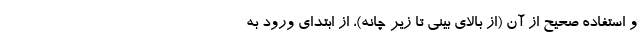
و استفاده صحیح از آن (از بالای بینی تا زیر چانه)، از ابتدای ورود به